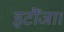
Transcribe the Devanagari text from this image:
इटौंजा।